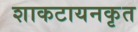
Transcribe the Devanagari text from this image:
शाकटायनकृत